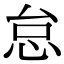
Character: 怠